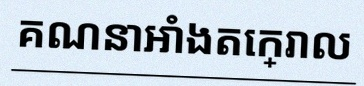
គណនាអាំងតេក្រាល